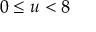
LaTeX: \ 0 \leq u < 8